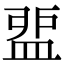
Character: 𥁶